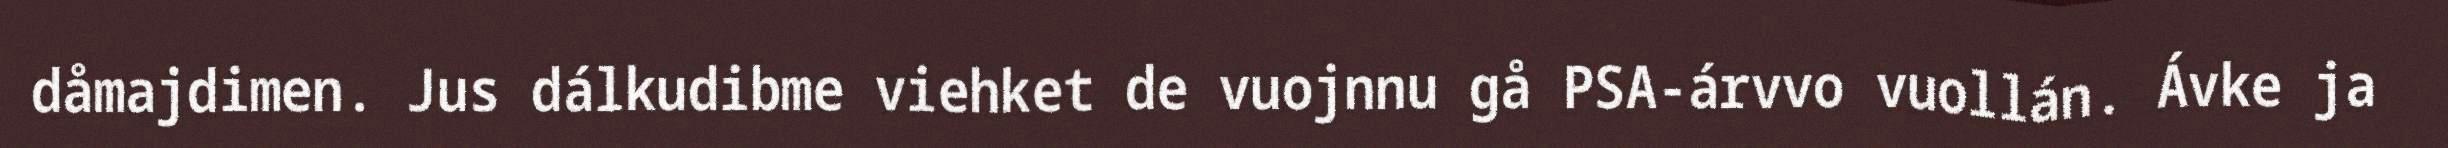
dåmajdimen. Jus dálkudibme viehket de vuojnnu gå PSA-árvvo vuollán. Ávke ja